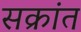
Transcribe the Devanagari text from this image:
सक्रांत